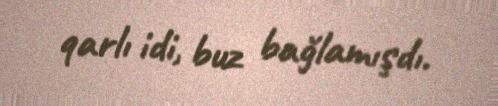
qarlı idi, buz bağlamışdı.